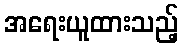
အရေးယူထားသည့်